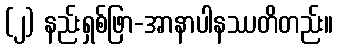
(၂) နည်းရှစ်ဖြာ-အာနာပါနဿတိတည်း။